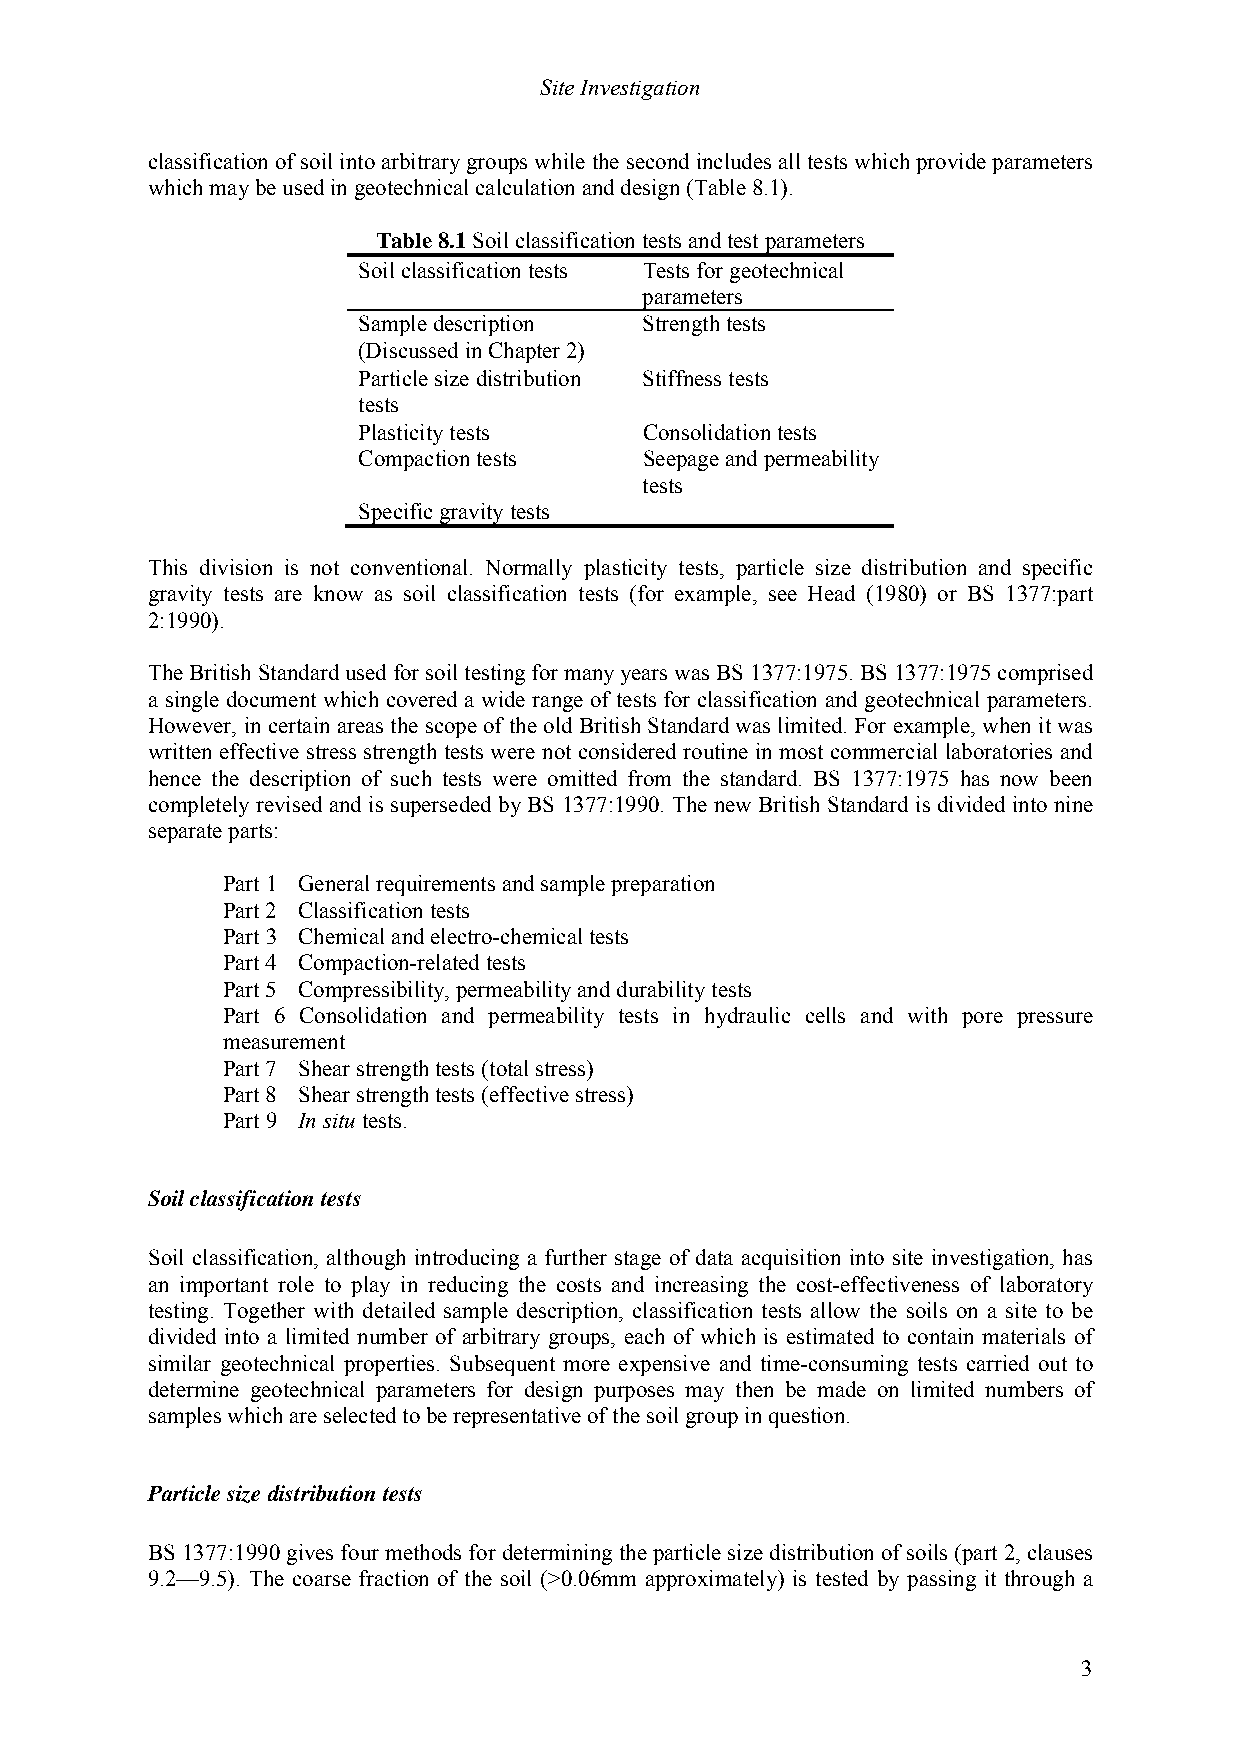
Site Investigation
 classification of soil into arbitrary groups while the second includes all tests which provide parameters
 which may be used in geotechnical calculation and design (Table 8.1).
 Table 8.1 Soil classification tests and test parameters
 Soil classification tests Tests for geotechnical
 parameters
 Sample description Strength tests
 (Discussed in Chapter 2)
 Particle size distribution Stiffness tests
 tests
 Plasticity tests   Consolidation tests
 Compaction tests   Seepage and permeability
 tests
 Specific gravity tests
 This division is not conventional. Normally plasticity tests, particle size distribution and specific
 gravity tests are know as soil classification tests (for example, see Head (1980) or BS 1377:part
 2:1990).
 The British Standard used for soil testing for many years was BS 1377:1975. BS 1377:1975 comprised
 a single document which covered a wide range of tests for classification and geotechnical parameters.
 However, in certain areas the scope of the old British Standard was limited. For example, when it was
 written effective stress strength tests were not considered routine in most commercial laboratories and
 hence the description of such tests were omitted from the standard. BS 1377:1975 has now been
 completely revised and is superseded by BS 1377:1990. The new British Standard is divided into nine
 separate parts:
 Part 1 General requirements and sample preparation
 Part 2 Classification tests
 Part 3 Chemical and electro-chemical tests
 Part 4 Compaction-related tests
 Part 5 Compressibility, permeability and durability tests
 Part 6 Consolidation and permeability tests in hydraulic cells and with pore pressure
 measurement
 Part 7 Shear strength tests (total stress)
 Part 8 Shear strength tests (effective stress)
 Part 9 In situ tests.
 Soil classification tests
 Soil classification, although introducing a further stage of data acquisition into site investigation, has
 an important role to play in reducing the costs and increasing the cost-effectiveness of laboratory
 testing. Together with detailed sample description, classification tests allow the soils on a site to be
 divided into a limited number of arbitrary groups, each of which is estimated to contain materials of
 similar geotechnical properties. Subsequent more expensive and time-consuming tests carried out to
 determine geotechnical parameters for design purposes may then be made on limited numbers of
 samples which are selected to be representative of the soil group in question.
 Particle size distribution tests
 BS 1377:1990 gives four methods for determining the particle size distribution of soils (part 2, clauses
 9.2—9.5). The coarse fraction of the soil (>0.06mm approximately) is tested by passing it through a
 3